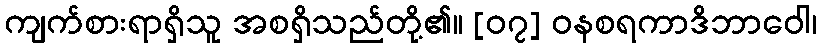
ကျက်စားရာရှိသူ အစရှိသည်တို့၏။ [၀၇] ဝနစရကာဒိဘာဝေါ၊